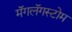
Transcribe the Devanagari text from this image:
मॅगलॅगस्टोम